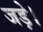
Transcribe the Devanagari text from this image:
जड़े।